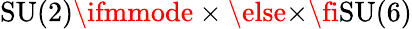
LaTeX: \mathrm{SU}(2)\ifmmode\times\else\texttimes\fi{}\mathrm{SU}(6)